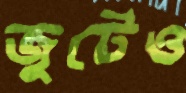
জুটেও